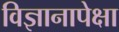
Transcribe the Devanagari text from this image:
विज्ञानापेक्षा